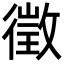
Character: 徵